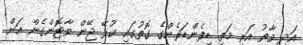
އަދި ވާތު އަރި މަތި ޑިފެންޑަރެންގެ ގޮތުގައި ކުޅޭ ޖޭން ވާޓޮންގެން އަށް